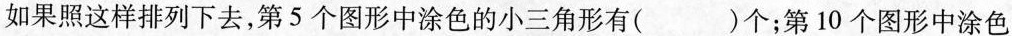
如果照这样排列下去，第5个图形中涂色的小三角形有( )个；第10个图形中涂色